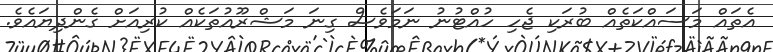
އެތައް މަސައްކަތެއް ބުރަކި ޖެހި ހުއްޓުނު ނަމަވެސް ގިނަ މަޝްރޫއުތަކެއް ކުރިއަށް ގެންދިޔައެވެ.